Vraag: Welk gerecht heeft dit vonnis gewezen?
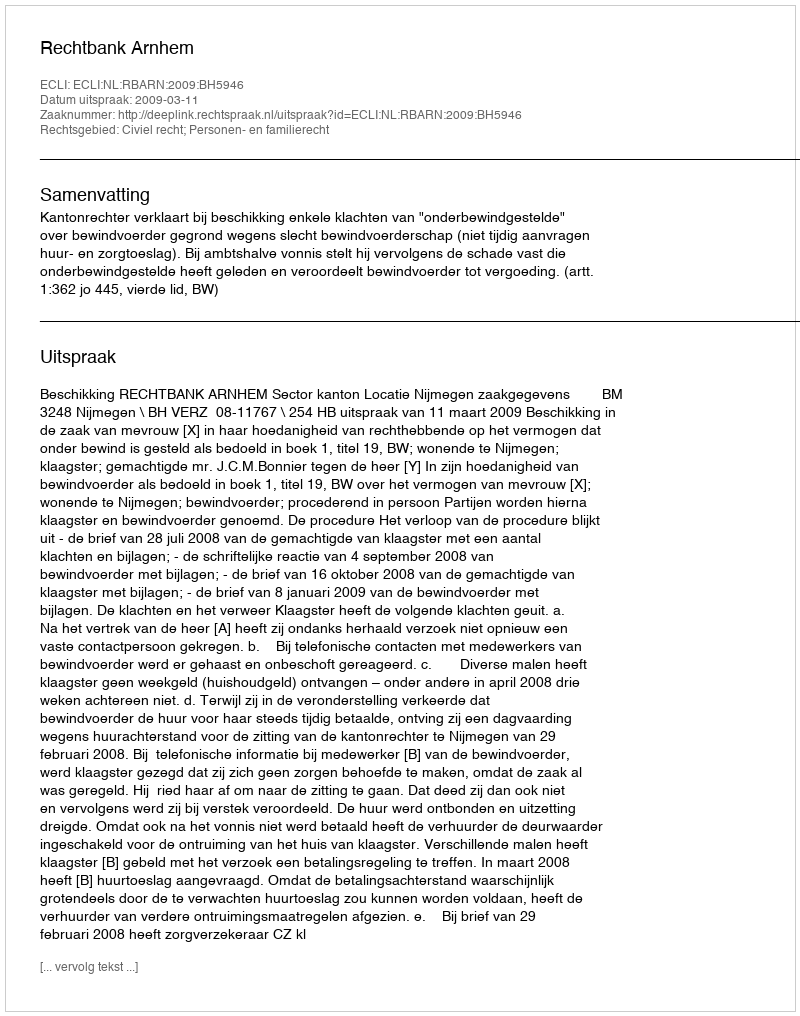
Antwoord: Rechtbank Arnhem